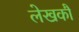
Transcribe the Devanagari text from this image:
लेखकौं